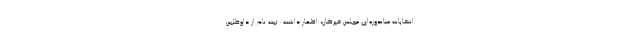
انتخابات میاندوره‌ای مجلس خبرگان، اظهار داشت: ثبت نام از داوطلبین